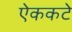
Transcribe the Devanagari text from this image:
ऐककटे